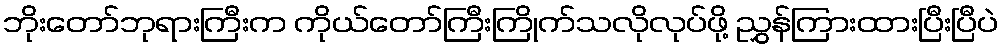
ဘိုးတော်ဘုရားကြီးက ကိုယ်တော်ကြီးကြိုက်သလိုလုပ်ဖို့ ညွှန်ကြားထားပြီးပြီပဲ